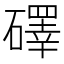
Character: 礋